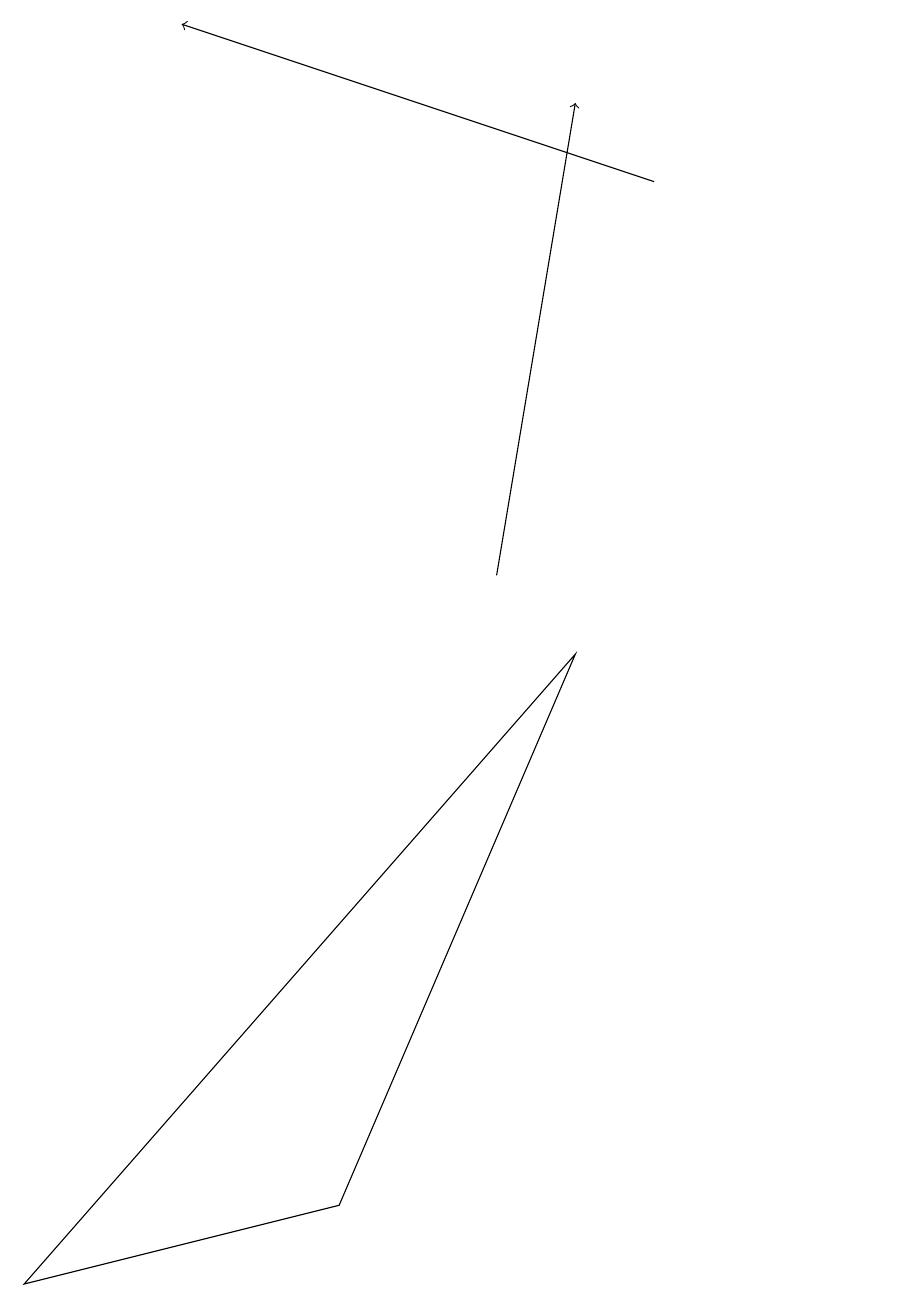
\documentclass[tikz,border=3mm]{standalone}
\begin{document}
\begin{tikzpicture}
\draw[->] (6,10) -- (7,16);
\draw[->] (8,15) -- (2,17);
\draw (11,10) circle (0);
\draw (0,1) -- (7,9) -- (4,2) -- cycle;
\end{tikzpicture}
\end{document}